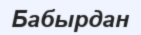
Бабырдан